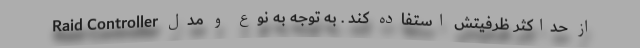
از حداکثر ظرفیتش استفاده کند . به توجه به نوع و مدل Raid Controller